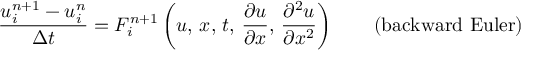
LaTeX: { \frac { u _ { i } ^ { n + 1 } - u _ { i } ^ { n } } { \Delta t } } = F _ { i } ^ { n + 1 } \left( u , \, x , \, t , \, { \frac { \partial u } { \partial x } } , \, { \frac { \partial ^ { 2 } u } { \partial x ^ { 2 } } } \right) \qquad { \mathrm { ( b a c k w a r d ~ E u l e r ) } }